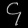
Digit: ၄